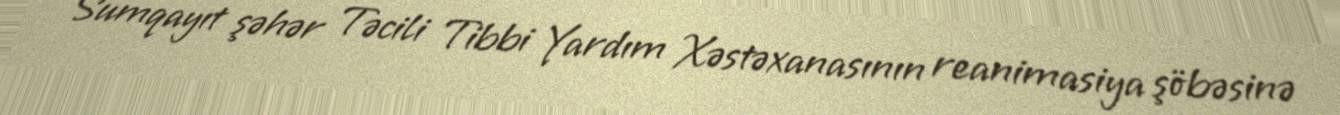
Sumqayıt şəhər Təcili Tibbi Yardım Xəstəxanasının reanimasiya şöbəsinə